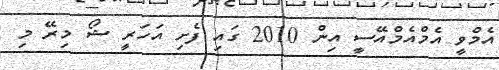
އެމްވީ އެމްއެމްއޭސީ އިން 2010 ގައި ފެށި އަހަރީ ޝޯ މިރޭ މި